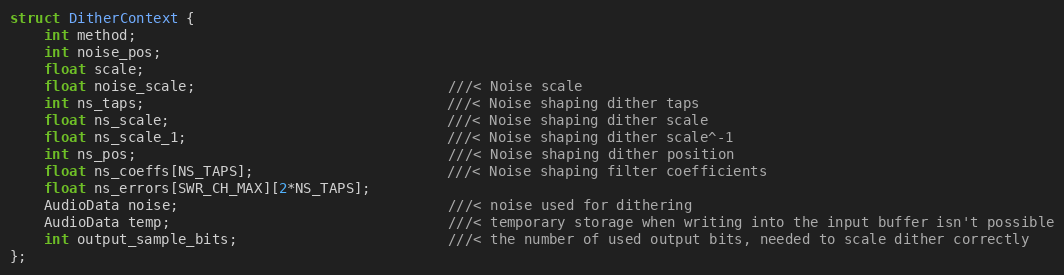
Language: C
struct DitherContext {
    int method;
    int noise_pos;
    float scale;
    float noise_scale;                              ///< Noise scale
    int ns_taps;                                    ///< Noise shaping dither taps
    float ns_scale;                                 ///< Noise shaping dither scale
    float ns_scale_1;                               ///< Noise shaping dither scale^-1
    int ns_pos;                                     ///< Noise shaping dither position
    float ns_coeffs[NS_TAPS];                       ///< Noise shaping filter coefficients
    float ns_errors[SWR_CH_MAX][2*NS_TAPS];
    AudioData noise;                                ///< noise used for dithering
    AudioData temp;                                 ///< temporary storage when writing into the input buffer isn't possible
    int output_sample_bits;                         ///< the number of used output bits, needed to scale dither correctly
};